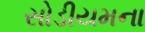
સોડીયમના